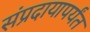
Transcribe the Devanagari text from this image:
संप्रदायापर्यंत